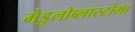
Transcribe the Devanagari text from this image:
मेडुलोब्लास्टोमा